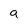
Character: a